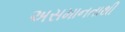
અસમાનતાથી